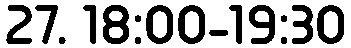
27. 18:00-19:30